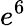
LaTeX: e^{6}